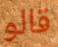
قالو